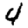
Digit: 4